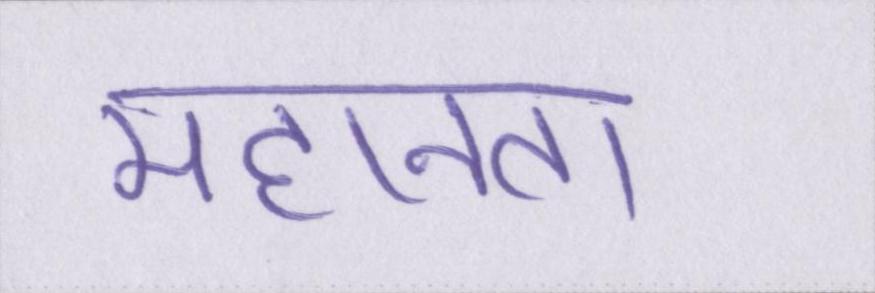
महानता